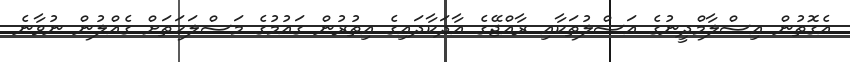
އެގޮތުން އިސްލާމްދީނުގެ އަސްލުތަކާއި ރާއްޖޭގެ އާދަކާދައިގެ އިތުރުން ގައުމުގެ މަސްލަހަތަށް ގެއްލުން ނުވާނެ